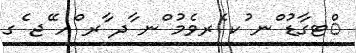
ްޓގާޑު ްނ ުކ ެރވެމު ްނ ާދ ާރ ްއ ޭޖ ެގ